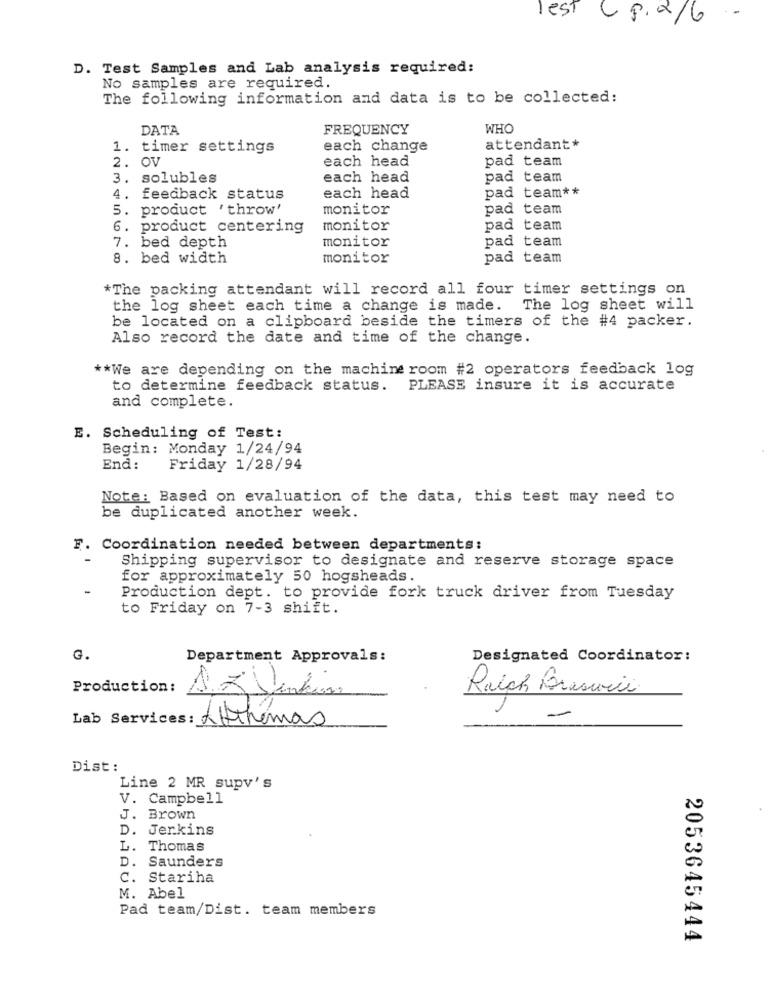
lest ( 8.2/6
D. Test Samples and Lab analysis required:
No samples are required.
The following information and data is to be collected:
DATA
FREQUENCY
WHO
1. timer settings
each change
attendant*
2. OV
each head
pad team
3. solubles
each head
pad team
pad team **
4. feedback status
each head
5. product ' throw'
monitor
pad team
6. product centering
monitor
pad team
pad team
7. bed depth
monitor
8. bed width
monitor
pad team
*The packing attendant will record all four timer settings on
the log sheet each time a change is made. The log sheet will
be located on a clipboard beside the timers of the #4 packer.
Also record the date and time of the change.
** We are depending on the machine room #2 operators feedback log
to determine feedback status. PLEASE insure it is accurate
and complete.
E. Scheduling of Test:
Begin: Monday 1/24/94
End:
Friday 1/28/94
Note: Based on evaluation of the data, this test may need to
be duplicated another week.
F. Coordination needed between departments:
Shipping supervisor to designate and reserve storage space
for approximately 50 hogsheads.
-
Production dept. to provide fork truck driver from Tuesday
to Friday on 7-3 shift.
G.
Department Approvals:
Designated Coordinator:
Production:
Ralph Brasweis
Lab Services: Authéma
Dist:
Line 2 MR supv's
V. Campbell
J. Brown
D. Jerkins
L.
Thomas
D.
Saunders
Stariha
M. Abel
Pad team/Dist. team members
2053645444